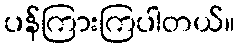
ပန်ကြားကြပါတယ်။